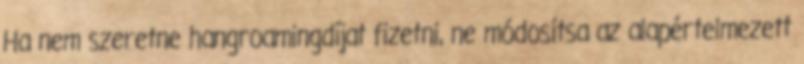
Ha nem szeretne hangroamingdíjat fizetni, ne módosítsa az alapértelmezett